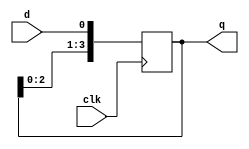
module SIPO_Using_D_FF #(parameter DATA_WIDTH = 4) (
    input clk,
    input d,
    output reg [DATA_WIDTH-1:0] q
);

    always @(posedge clk) begin
        q <= {q[DATA_WIDTH-2:0], d};
    end

endmodule